Problem: 31 + 14 = ?
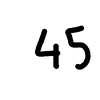
Handwritten answer: 45